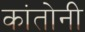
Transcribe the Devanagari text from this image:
कांतोनी